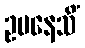
ဥပနေသိံ